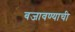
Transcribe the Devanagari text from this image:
बजावण्याची